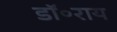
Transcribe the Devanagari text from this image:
डॉ॰राय